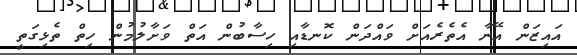
އައިޒަން އޭނާ އެތެރެއަށް ވައްދަން ކޮނޑާއި ހިސާބުން އަތް ވަށާލުމުން ހިތް ތެޅިގަތީ